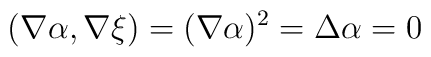
(\nabla \alpha,\nabla \xi)=(\nabla \alpha)^2=\Delta\alpha=0